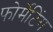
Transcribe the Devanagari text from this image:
फोर्मेटिंग